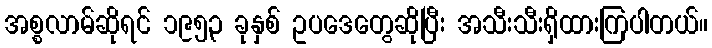
အစ္စလာမ်ဆိုရင် ၁၉၅၃ ခုနှစ် ဥပဒေတွေဆိုပြီး အသီးသီးရှိထားကြပါတယ်။